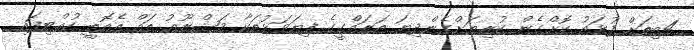
4ބިތަށް ފުޅައު ކޮށްގެން ކުރިޔަށްގެންދިޔަ ތަރައްގީގެ ފިޔަވަޅުތަކާ މަޝްރޫޢު ތައް އެއޮތީ ހުއްޓިފައި.